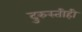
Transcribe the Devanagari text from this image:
दुरुस्तीही